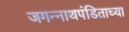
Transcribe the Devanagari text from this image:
जगन्‍नाथपंडिताच्या